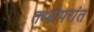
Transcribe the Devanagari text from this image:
तथ्योपरांत